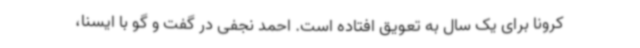
کرونا برای یک سال به تعویق افتاده است. احمد نجفی در گفت و گو با ایسنا،